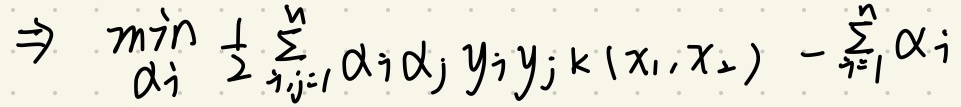
\(\Rightarrow \min_{\alpha_i} \frac{1}{2} \sum_{i,j = 1}^{n} \alpha_i\alpha_j y_iy_j k(x_i,x_j)-\sum_{i = 1}^{n} \alpha_i\)